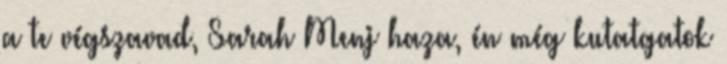
a te végszavad, Sarah Menj haza, én még kutatgatok